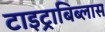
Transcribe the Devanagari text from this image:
टाइट्राबिब्लास